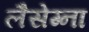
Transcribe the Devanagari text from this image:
लैसेग्ना